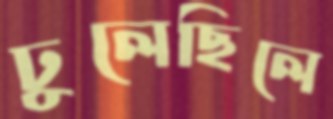
ঢুলেছিলে